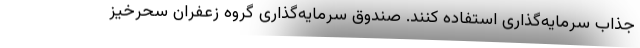
جذاب سرمایه‌گذاری استفاده کنند. صندوق سرمایه‌گذاری گروه زعفران سحرخیز